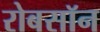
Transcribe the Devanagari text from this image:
रोबसॉन